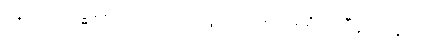
ပန၊ ပါး။ သဒ္ဓါစရိတာဒယော၊ တို့သည်။ ရာဂစရိတာဒီနံ၊ တို့နှင့်။